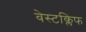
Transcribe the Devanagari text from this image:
वेस्टक्लिफ